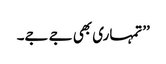
’’تمہاری بھی جے جے۔